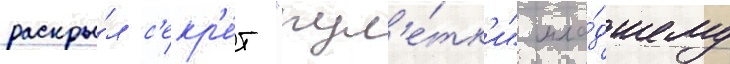
раскры́л с'екр'е́т "рул'е́тк'и" мла́дшему